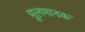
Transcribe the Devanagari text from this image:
मूलमानक